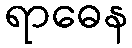
ရာဓေန